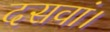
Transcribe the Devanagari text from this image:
दसवां।